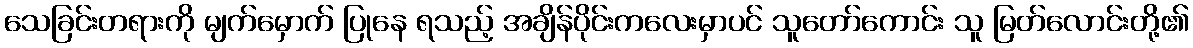
သေခြင်းတရားကို မျက်မှောက် ပြုနေ ရသည့် အချိန်ပိုင်းကလေးမှာပင် သူတော်ကောင်း သူ မြတ်လောင်းတို့၏